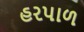
હરપાળ